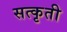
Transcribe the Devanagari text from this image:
सत्कृती